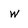
Character: w